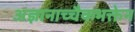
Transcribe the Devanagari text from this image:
अज्ञानाच्चैकभक्तेन